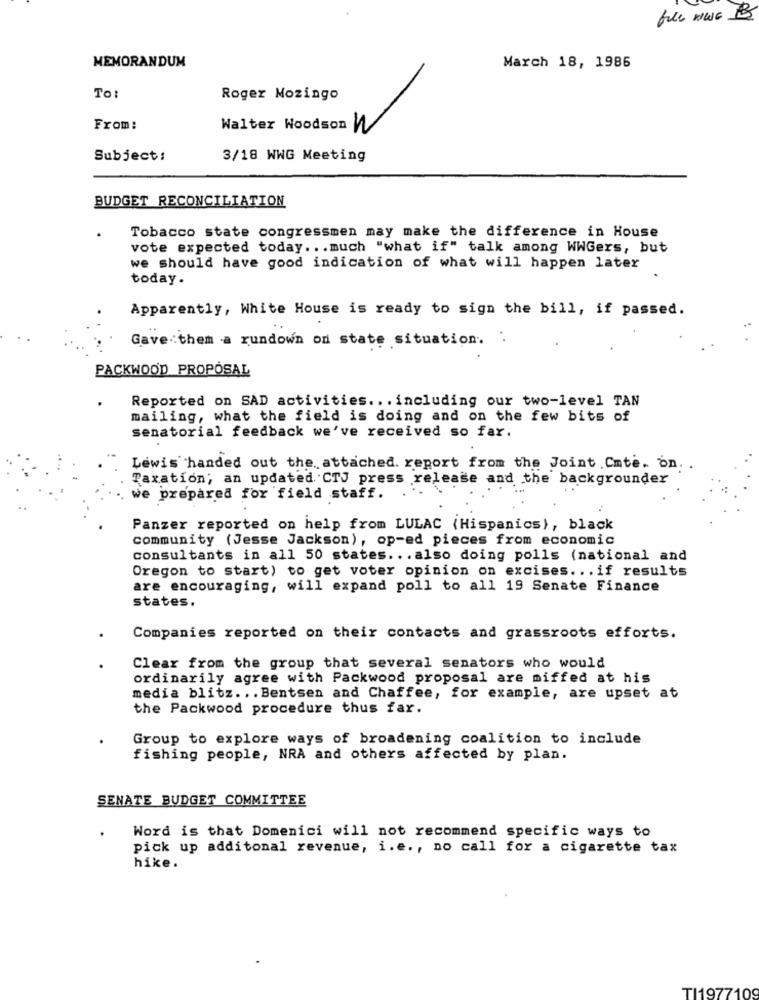
MEMORANDUM
March 18, 1986
To:
Roger Mozingo
From:
Walter Woodson W
Subject:
3/18 WWG Meeting
BUDGET RECONCILIATION
Tobacco state congressmen may make the difference in House
vote expected today ... much "what if" talk among WWGers, but
we should have good indication of what will happen later
today.
Apparently, White House is ready to sign the bill, if passed.
Gave them a rundown on state situation. .
PACKWOOD PROPOSAL
Reported on SAD activities ... including our two-level TAN
mailing, what the field is doing and on the few bits of
senatorial feedback we've received so far.
Lewis handed out the. attached. report from the Joint Cmte. on.
Taxation; an updated CTS press release and the backgrounder
we prepared for field staff.
Panzer reported on help from LULAC (Hispanics), black
community (Jesse Jackson), op-ed pieces from economic
consultants in all 50 states ... also doing polls (national and
Oregon to start) to get voter opinion on excises ... if results
are encouraging, will expand poll to all 19 Senate Finance
states.
Companies reported on their contacts and grassroots efforts.
Clear from the group that several senators who would
ordinarily agree with Packwood proposal are miffed at his
media blitz ... Bentsen and Chaffee, for example, are upset at
the Packwood procedure thus far.
.
Group to explore ways of broadening coalition to include
fishing people, NRA and others affected by plan.
SENATE BUDGET COMMITTEE
Word is that Domenici will not recommend specific ways to
pick up additonal revenue, i.e ., no call for a cigarette tax
hike.
TI1977109